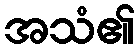
အသံ၏